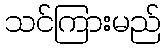
သင်ကြားမည်